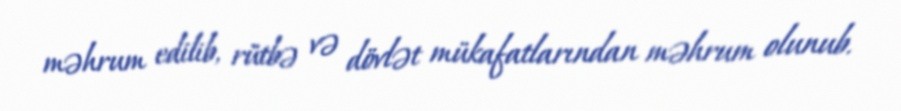
məhrum edilib, rütbə və dövlət mükafatlarından məhrum olunub.